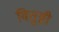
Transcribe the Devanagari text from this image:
वितुष्टी